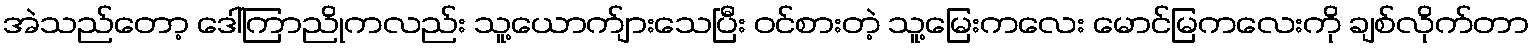
အဲသည်တော့ ဒေါ်ကြာညိုကလည်း သူ့ယောက်ျားသေပြီး ဝင်စားတဲ့ သူ့မြေးကလေး မောင်မြကလေးကို ချစ်လိုက်တာ